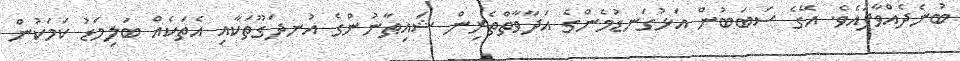
ބުނެދެއްވާފައެވެ. އޭގެ ސަބަބުން އަޅުގަނޑުމެންގެ އަދާވާތްތެރިން ޝައިޠާނުންގެ އުނދަގޫތަކާއި އެތަކެއް ބަލިމަޑު ކަމަކުން